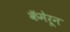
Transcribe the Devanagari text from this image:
कॅमेरून